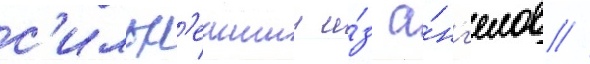
с'ильн'еишии и́з а́нг'елов //